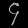
Digit: ၄